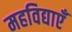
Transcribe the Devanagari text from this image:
महविद्याएँ